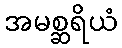
အမစ္ဆရိယံ